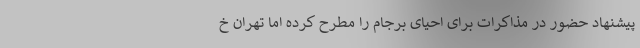
پیشنهاد حضور در مذاکرات برای احیای برجام را مطرح کرده اما تهران خ